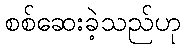
စစ်ဆေးခဲ့သည်ဟု